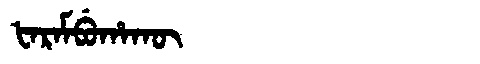
Manchu: ᡶᠠᡵᠠᠮᠪᡠᡥᠠᡴᡡ
Romanization: FARAMBUHAKŪ